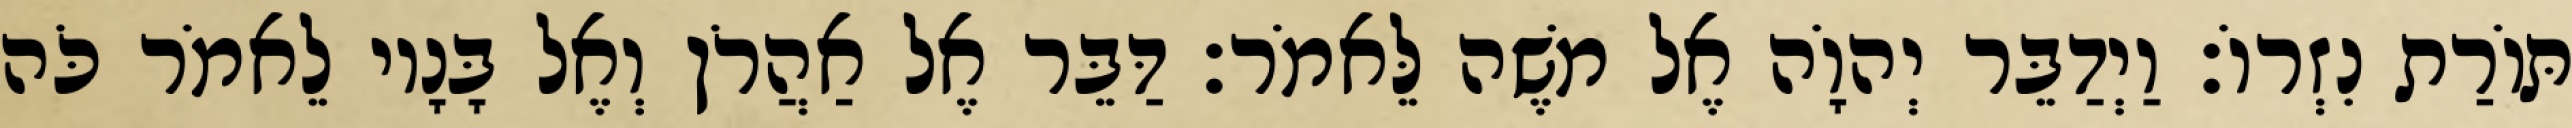
תּוֹרַת נִזְרוֹ׃ וַיְדַבֵּר יְהוָֹה אֶל משֶׁה לֵּאמֹר׃ דַּבֵּר אֶל אַהֲרֹן וְאֶל בָּנָיו לֵאמֹר כֹּה